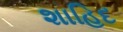
શાહિદ